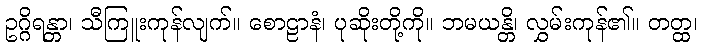
ဥဂ္ဂိရန္တာ၊ သီကြူးကုန်လျက်။ စောဠာနံ၊ ပုဆိုးတို့ကို။ ဘမယန္တိ၊ လွှမ်းကုန်၏။ တတ္ထ၊